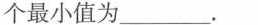
个最小值为___.